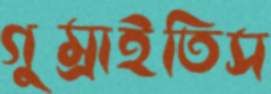
গুম্‌রাইতিস